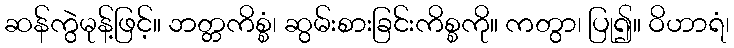
ဆန်ကွဲမုန့်ဖြင့်။ ဘတ္တကိစ္စံ၊ ဆွမ်းစားခြင်းကိစ္စကို။ ကတွာ၊ ပြု၍။ ဝိဟာရံ၊